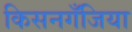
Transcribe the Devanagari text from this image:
किसनगॅँजिया